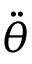
\ddot { \theta }